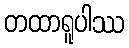
တထာရူပါဿ